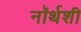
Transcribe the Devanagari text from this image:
नॉर्थशी